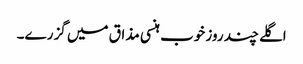
اگلے چند روز خوب ہنسی مذاق میں گزرے۔